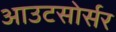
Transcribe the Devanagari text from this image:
आउटसोर्सर